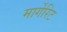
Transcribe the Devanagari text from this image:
मार्गेरिट